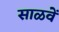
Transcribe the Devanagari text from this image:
साळवें